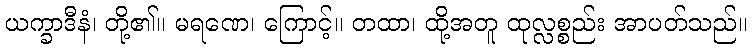
ယက္ခာဒီနံ၊ တို့၏။ မရဏေ၊ ကြောင့်။ တထာ၊ ထို့အတူ ထုလ္လစ္စည်း အာပတ်သည်။